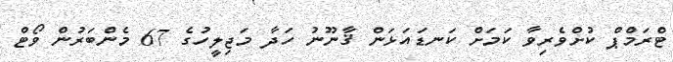
ޓްރަމްޕް ކުށްވެރިވާ ކަމަށް ކަނޑައަޅަން ޤާނޫނު ހަދާ މަޖިލީހުގެ 67 މެންބަރުން ވޯޓް